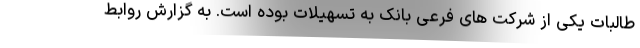
طالبات یکی از شرکت های فرعی بانک به تسهیلات بوده است. به گزارش روابط